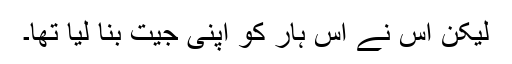
لیکن اس نے اس ہار کو اپنی جیت بنا لیا تھا۔